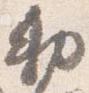
勅